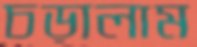
চড়ালাম